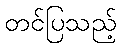
တင်ပြသည့်